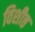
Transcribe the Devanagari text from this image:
विशीष्ठ